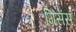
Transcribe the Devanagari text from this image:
ग्रिसंस